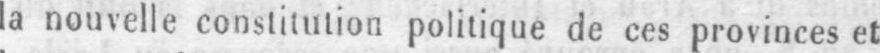
la nouvelle constitution politique de ces provinces et